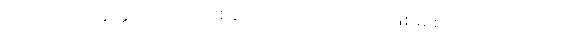
တတော သက္ကတ္တဘာဝတော စုတော - ထိုသိကြားအဖြစ်မှ စုတေလတ်သော်